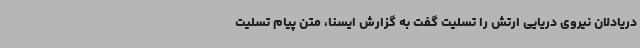
دریادلان نیروی دریایی ارتش را تسلیت گفت به گزارش ایسنا، متن پیام تسلیت